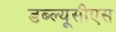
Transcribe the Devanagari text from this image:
डब्ल्यूसीएस